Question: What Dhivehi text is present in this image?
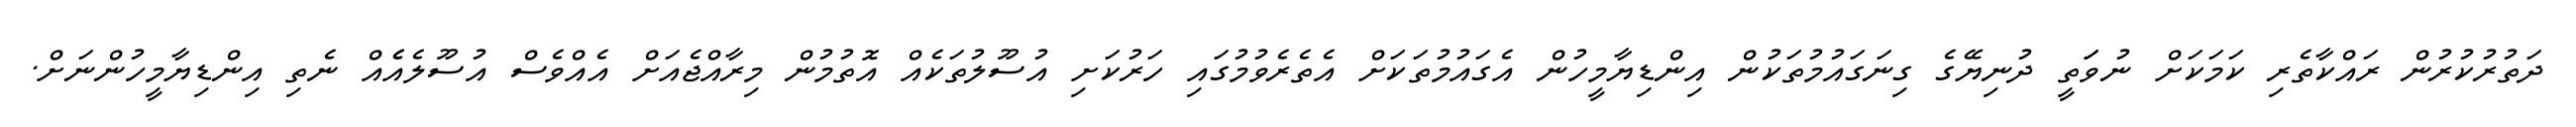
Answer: ދަތުރުކުރުން ރައްކާތެރި ކަމަކަށް ނުވަަތީ ދުނިޔޭގެ ގިނަގައުމުތަކުން އިންޑިޔާމީހުން އެގައުމުތަކަށް އެތެރެވުމުގައި ހަރުކަށި އުސޫލުތަކެއް އޮތުމުން މިރާއްޖެއަށް އެއްވެސް އުސޫލެއެެއް ނެތި އިންޑިޔާމީހުންނަށް.